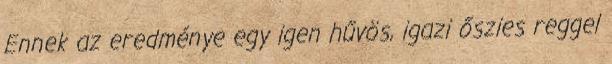
Ennek az eredménye egy igen hűvös, igazi őszies reggel